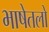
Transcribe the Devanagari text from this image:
भाषेतलो